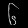
Digit: ၆